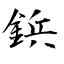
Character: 鋲